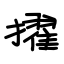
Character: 擢